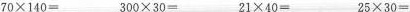
70×140=300×30=21×40=25×30=